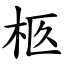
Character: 柩